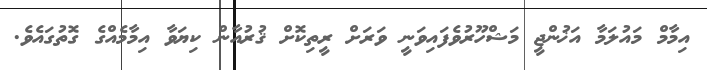
އިމާމް މައުލަމާ އަޚުންޖީ މަޝްހޫރުވެފައިވަނީ ވަރަށް ރީތިކޮށް ޤުރުއާން ކިޔަވާ އިމާމެއްގެ ގޮތުގައެވެ.